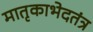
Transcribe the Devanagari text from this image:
मातृकाभेदतंत्र